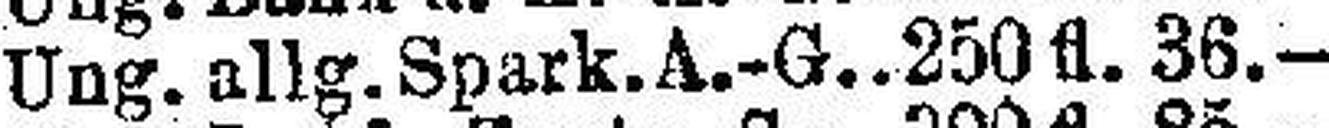
Ung. allg. Spark. A.-G. 250 fl. 36.—